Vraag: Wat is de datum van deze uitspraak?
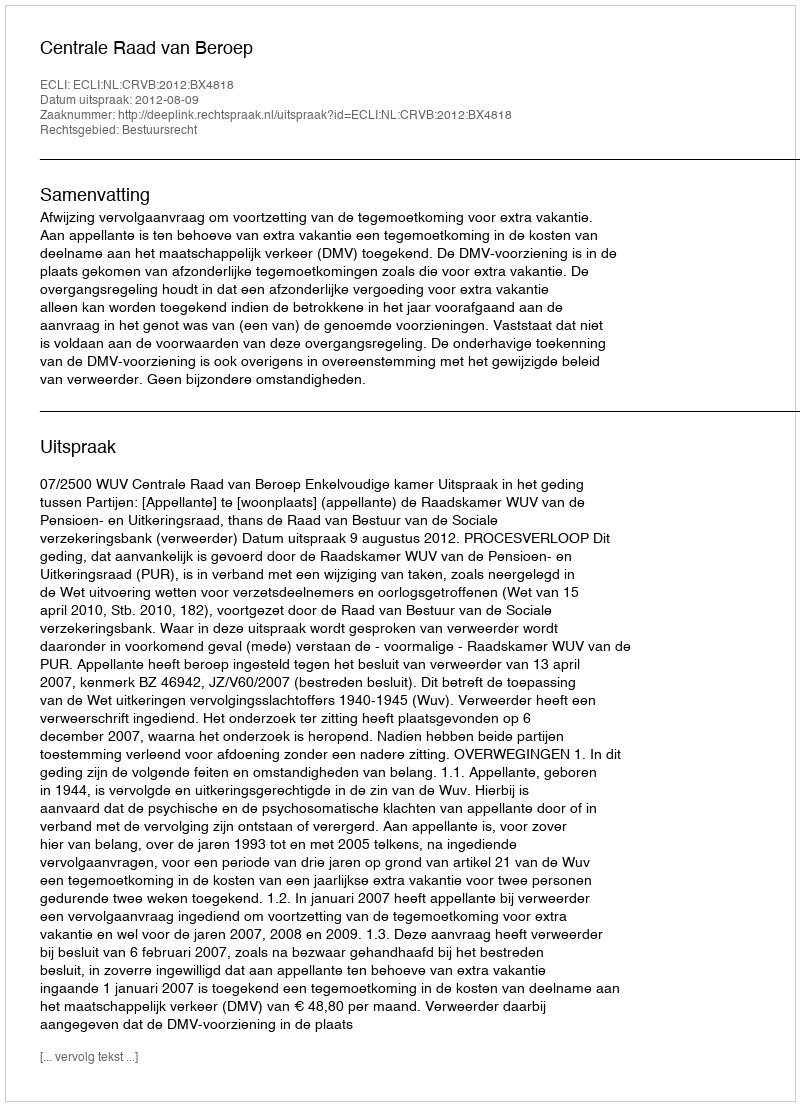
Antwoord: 2012-08-09